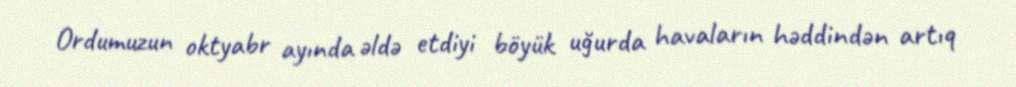
Ordumuzun oktyabr ayında əldə etdiyi böyük uğurda havaların həddindən artıq